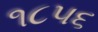
૧૮૫૬